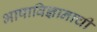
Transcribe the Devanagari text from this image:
भाषाविज्ञानाची